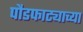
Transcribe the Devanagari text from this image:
पौडफाट्याच्या